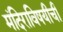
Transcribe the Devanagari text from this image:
मंदिराविषयीची